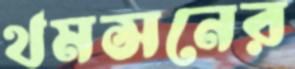
থমসনের